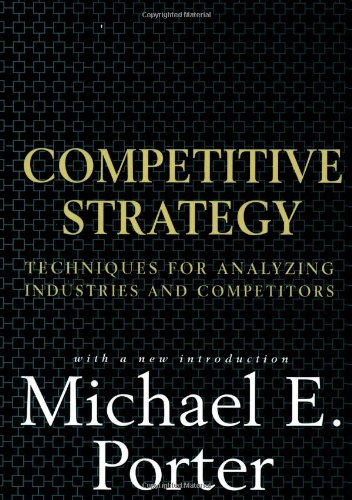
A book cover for Competitive Strategy: Techniques for Analyzing Industries and Competitors; Michael E. Porter; Business & Money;